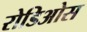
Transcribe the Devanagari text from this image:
रोडिओस